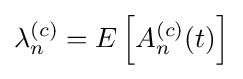
\lambda _{n}^{(c)}=E\left[A_{n}^{(c)}(t)\right]